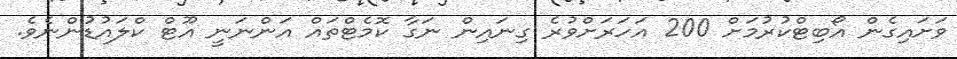
ވަށައިގެން އޯބިޓްކުރުމަށް 200 އަހަރަށްވުރެ ގިނައިން ނަގާ ކޮމެޓްތައް އަންނަނީ އޫޓް ކްލައުޑުންނެވެ.